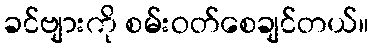
ခင်ဗျားကို စမ်းဝတ်စေချင်တယ်။